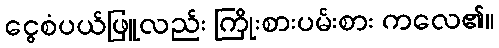
ငွေစံပယ်ဖြူလည်း ကြိုးစားပမ်းစား ကလေ၏။